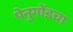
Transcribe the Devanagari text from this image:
पेनुगोंडचा